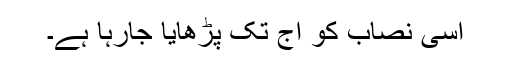
اسی نصاب کو آج تک پڑھایا جارہا ہے۔